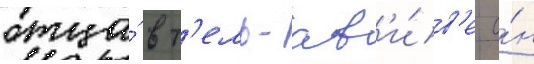
отца́ в т'ель-ав'и́в'е о́н